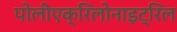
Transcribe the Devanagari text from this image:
पोलीएक्रिलोनाइट्रिल